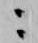
ニ